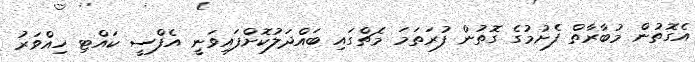
އެގޮތުން މުބާރާތް ފެށުމުގެ ގޮތުން ފުރަތަމަ މެޗްގައި ބައްދަލުކޮށްފައިވަނީ އެފްސީ ކައްޓި ހިއްވަރު